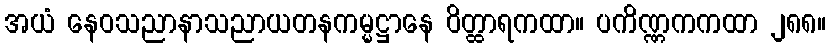
အယံ နေဝသညာနာသညာယတနကမ္မဋ္ဌာနေ ဝိတ္ထာရကထာ။ ပကိဏ္ဏကကထာ ၂၈၈။